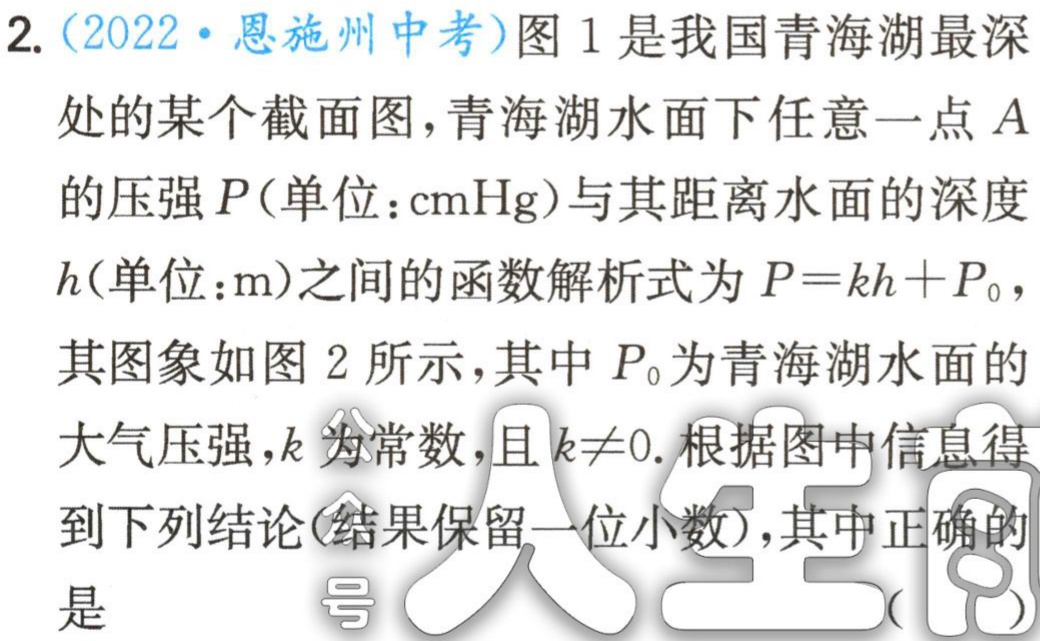
2.（2022·恩施州中考）图1是我国青海湖最深

处的某个截面图，青海湖水面下任意一点\(A\)

的压强\(P\)(单位：\( \text{cmHg}\))与其距离水面的深度

\(h\)(单位：\(\text{m}\))之间的函数解析式为\(P = kh + P_{0}\)，

其图象如图2所示，其中\(P_{0}\)为青海湖水面的

大气压强，\(k\)为常数，且\(k\neq0\). 根据图中信息得

到下列结论(结果保留一位小数)，其中正确的

是

( )